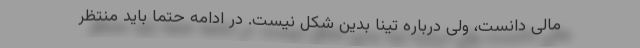
مالی دانست، ولی درباره تینا بدین شکل نیست.‌ در ادامه حتما باید منتظر